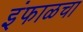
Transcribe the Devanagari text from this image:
इंफाळचा